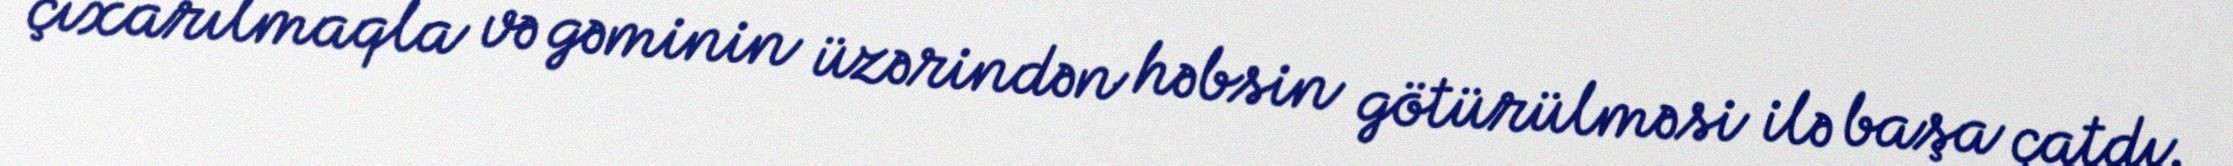
çıxarılmaqla və gəminin üzərindən həbsin götürülməsi ilə başa çatdı.